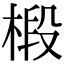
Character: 椴